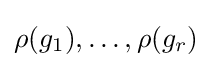
\rho (g_{1}),\ldots ,\rho (g_{r})